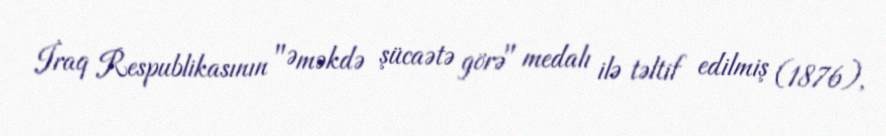
İraq Respublikasının "Əməkdə şücaətə görə" medalı ilə təltif edilmiş (1876),